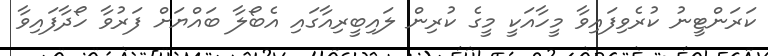
ކަރަންޓީނު ކުރެވިފައިވާ މީހާއަކީ މީގެ ކުރިން ލައިބީރިއާގައި އެބޯލާ ބައްޔަށް ފަރުވާ ހޯދާފައިވާ